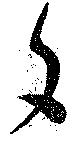
夕